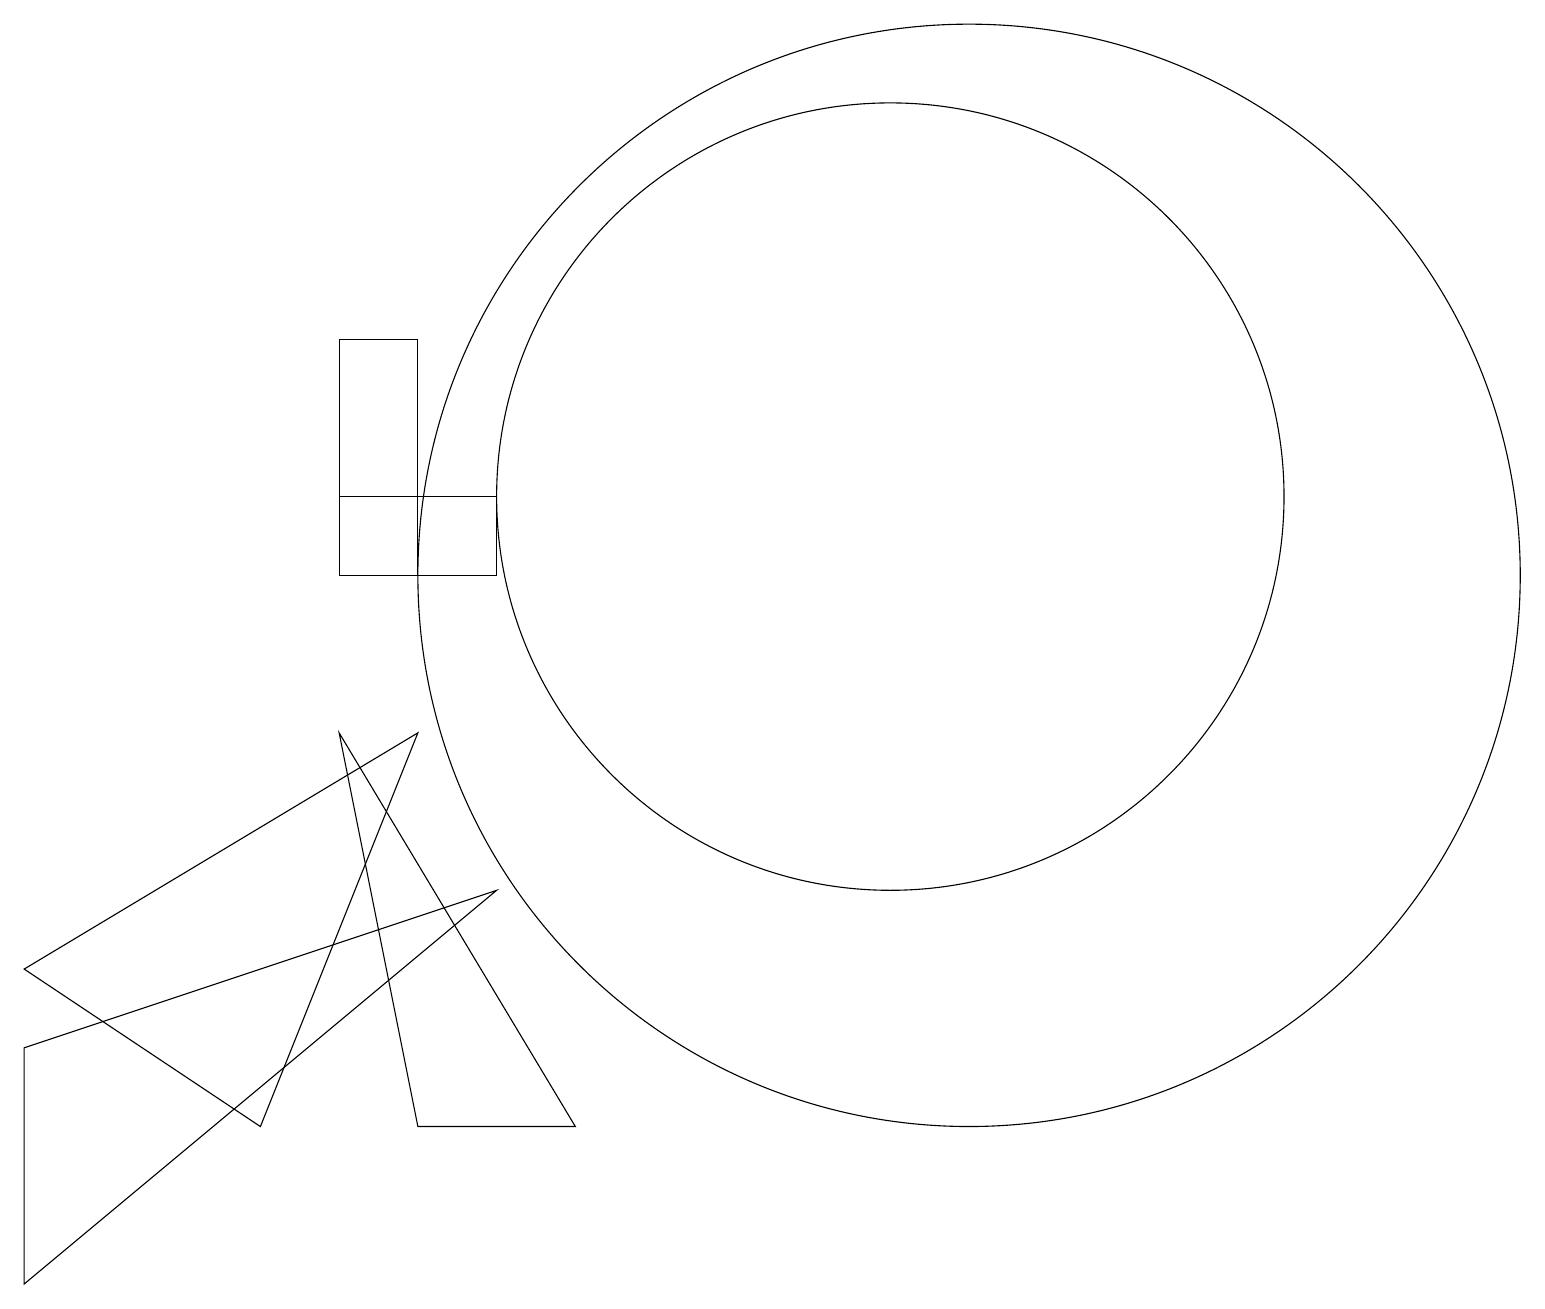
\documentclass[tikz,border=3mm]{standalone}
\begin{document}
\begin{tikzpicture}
\draw (4,12) rectangle (6,11);
\draw (5,14) rectangle (4,11);
\draw (11,12) circle (5);
\draw (12,11) circle (7);
\draw (7,4) -- (4,9) -- (5,4) -- cycle;
\draw (0,5) -- (0,2) -- (6,7) -- cycle;
\draw (0,6) -- (5,9) -- (3,4) -- cycle;
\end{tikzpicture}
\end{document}